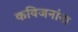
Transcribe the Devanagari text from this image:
कविजनांना